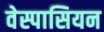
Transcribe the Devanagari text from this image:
वेस्पासियन